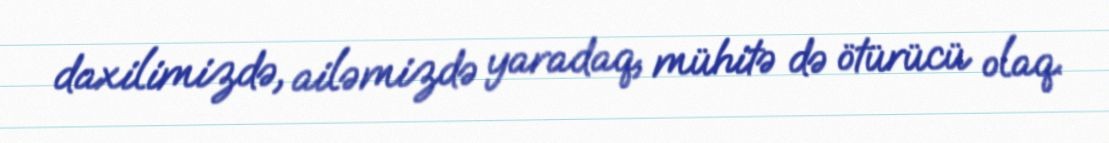
daxilimizdə, ailəmizdə yaradaq, mühitə də ötürücü olaq.